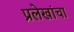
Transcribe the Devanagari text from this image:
प्रलेखांचा